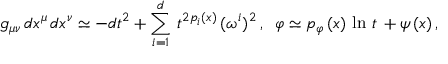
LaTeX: g _ { \mu \nu } \, d x ^ { \mu } \, d x ^ { \nu } \simeq - d t ^ { 2 } + \sum _ { i = 1 } ^ { d } \, t ^ { 2 p _ { i } ( x ) } \, ( \omega ^ { i } ) ^ { 2 } \, , \; \; \varphi \simeq p _ { \varphi } \, ( x ) \, \ln \, t \, + \psi \, ( x ) \, ,